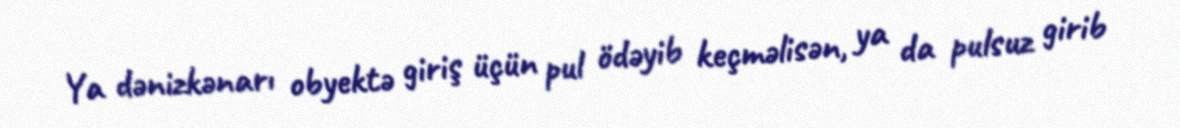
Ya dənizkənarı obyektə giriş üçün pul ödəyib keçməlisən, ya da pulsuz girib